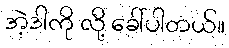
အဲ့ဒါကို လို့ ခေါ်ပါတယ်။